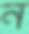
ন